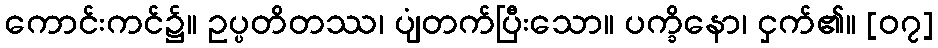
ကောင်းကင်၌။ ဥပ္ပတိတဿ၊ ပျံတက်ပြီးသော။ ပက္ခိနော၊ ငှက်၏။ [၀၇]